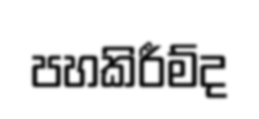
පහකිරීම්ද